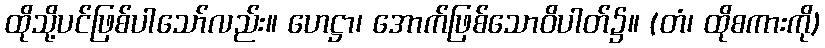
ထိုသို့ပင်ဖြစ်ပါသော်လည်း။ ဟေဋ္ဌာ၊ အောက်ဖြစ်သောဝိပါတ်၌။ (တံ၊ ထိုစကားကို)